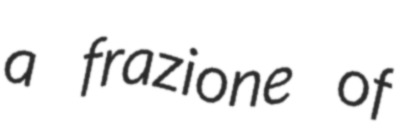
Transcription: a frazione of